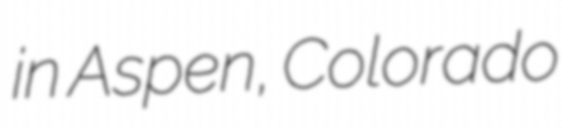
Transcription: in Aspen, Colorado